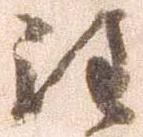
注